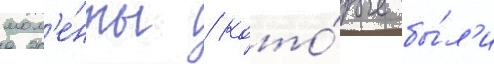
мом'е́нты / кото́рые бы́л'и